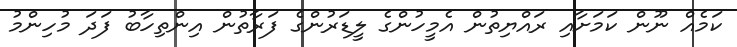
ކަމެއް ނޫން ކަމަށާއި ރައްޔިތުން އެމީހުންގެ ލީޑަރުންގެ ފަރާތުން އިންތިހާބު ފަދަ މުހިންމު